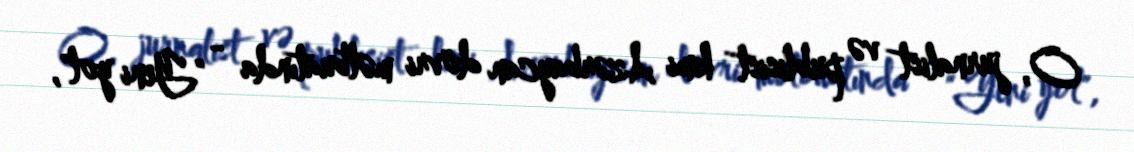
O, jurnalist və publisist kimi Azərbaycan dövri mətbuatında - "Yeni yol",